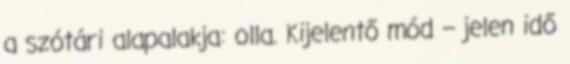
a szótári alapalakja: olla. Kijelentő mód – jelen idő